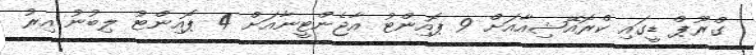
ގްރޫޕް ޑީގައި ކްރޮއޭޝިއާއަށް 9 ޕޮއިންޓު އާޖެންޓީނާއަށް 4 ޕޮއިންޓު ލިބުނު އިރު